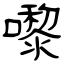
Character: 嚟